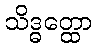
သိဒ္ဓတ္ထော